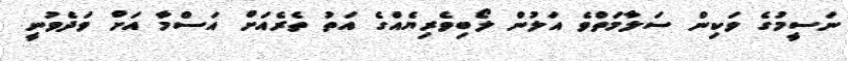
ނަސީމުގެ ވަކިން ސަލާމަތްވެ އަލުން ލޯބިވެރިޔެއްގެ އަތު ތެރެއަށް އަސްމާ އަށް ވަދެވުނީ